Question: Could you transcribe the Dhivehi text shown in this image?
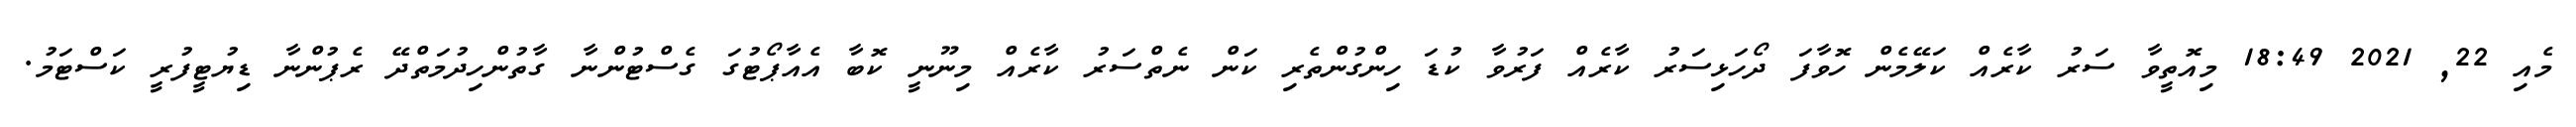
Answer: މެއި 22, 2021 18:49 މިއޮތީވާ ސަރު ކާރެއް ކަލޭމެން ހޮވާފަ ދޯހަޅިސަރު ކާރެއް ފަރުވާ ކުޑަ ހިންގުންތެރި ކަން ނެތްސަރު ކާރެއް މިނޫނީ ކޮބާ އެއާޕޯޓުގަ ގެސްޓުންނާ ގާތުންހިދުމަތްދޭ ރެޕުންނާ ޑިޔުޓީފުރީ ކަސްޓަމު.